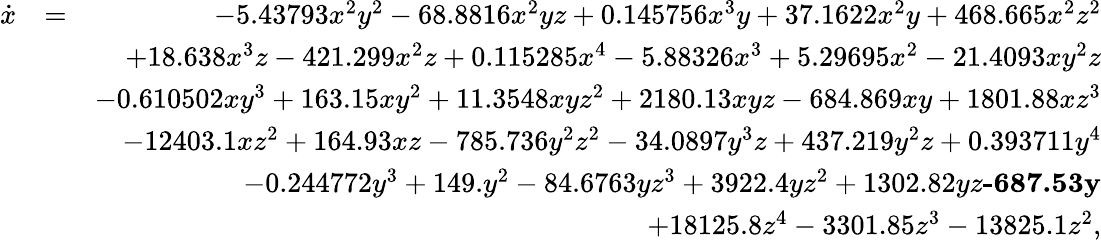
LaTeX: \begin{array}{rlr}{\dot{x}}&{=}&{-5.43793x^{2}y^{2}-68.8816x^{2}yz+0.145756x^{3}y+37.1622x^{2}y+468.665x^{2}z^{2}}\\ &{}&{+18.638x^{3}z-421.299x^{2}z+0.115285x^{4}-5.88326x^{3}+5.29695x^{2}-21.4093xy^{2}z}\\ &{}&{-0.610502xy^{3}+163.15xy^{2}+11.3548xyz^{2}+2180.13xyz-684.869xy+1801.88xz^{3}}\\ &{}&{-12403.1xz^{2}+164.93xz-785.736y^{2}z^{2}-34.0897y^{3}z+437.219y^{2}z+0.393711y^{4}}\\ &{}&{-0.244772y^{3}+149.y^{2}-84.6763yz^{3}+3922.4yz^{2}+1302.82yz\textbf{-687.53y}}\\ &{}&{+18125.8z^{4}-3301.85z^{3}-13825.1z^{2},}\end{array}